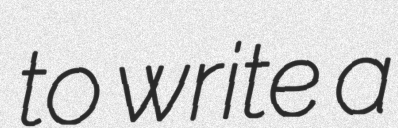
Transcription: to write a